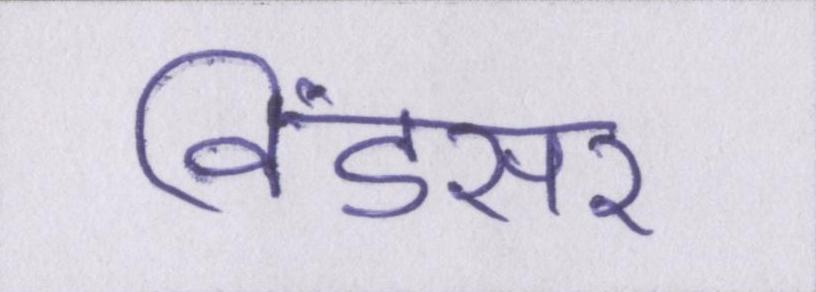
विंडसर